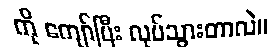
ကို ကျော်ပြီး လုပ်သွားတာလဲ။